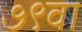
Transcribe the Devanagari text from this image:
७९वा